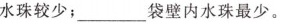
水珠较少；___袋壁内水珠最少。